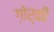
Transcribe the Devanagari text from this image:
ग़ोर्की